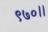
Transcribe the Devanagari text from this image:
९७०।।